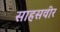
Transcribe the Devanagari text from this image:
साहसवीर